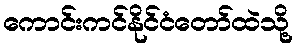
ကောင်းကင်နိုင်ငံတော်ထဲသို့